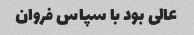
عالی بود با سپاس فروان